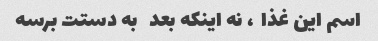
اسم این غذا  ، نه اینکه بعد   به دستت برسه